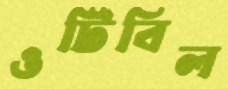
ওটিবিল